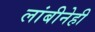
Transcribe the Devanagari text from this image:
लांबीनेही